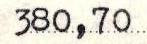
380,70